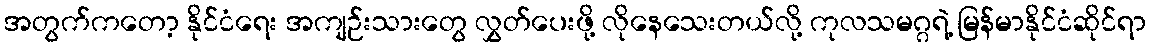
အတွက်ကတော့ နိုင်ငံရေး အကျဉ်းသားတွေ လွှတ်ပေးဖို့ လိုနေသေးတယ်လို့ ကုလသမဂ္ဂရဲ့ မြန်မာနိုင်ငံဆိုင်ရာ